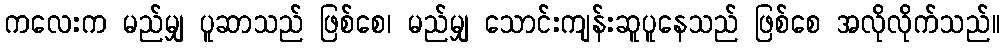
ကလေးက မည်မျှ ပူဆာသည် ဖြစ်စေ၊ မည်မျှ သောင်းကျန်းဆူပူနေသည် ဖြစ်စေ အလိုလိုက်သည်။